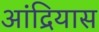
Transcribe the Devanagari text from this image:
आंद्रियास